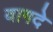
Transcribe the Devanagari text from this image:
वागदे